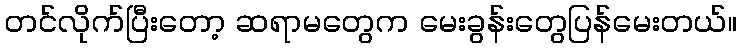
တင်လိုက်ပြီးတော့ ဆရာမတွေက မေးခွန်းတွေပြန်မေးတယ်။